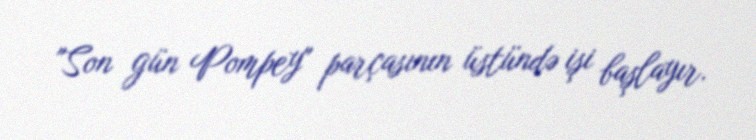
"Son gün Pompey" parçasının üstündə işi başlayır.